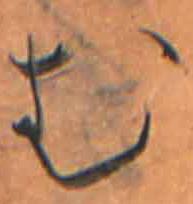
む